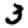
Digit: 3